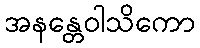
အနန္တေဝါသိကော